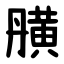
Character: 䵊